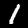
Label: 1